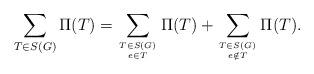
LaTeX: \begin{align*}\sum_{T \in S(G)}\Pi(T) = \sum_{T \in S(G) \atop e \in T} \Pi(T) + \sum_{T \in S(G) \atop e \notin T} \Pi(T).\end{align*}